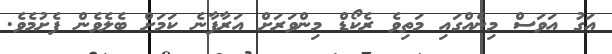
އަގު އަވަސް މިނެއްގައި މަތިވެ ރެކޯޑް މިންވަރަށް އަރާފާނެ ކަމަށް ބެލެވެން ފެށުމެވެ.